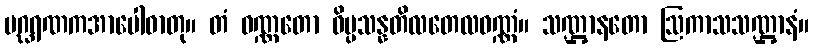
ပဂ္ဃရဏကအာပေါဓာတု။ တံ ဝဏ္ဏတော ဝိပ္ပသန္နတိလတေလဝဏ္ဏံ။ သဏ္ဌာနတော ဩကာသသဏ္ဌာနံ။